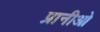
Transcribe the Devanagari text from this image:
प्रानीओ